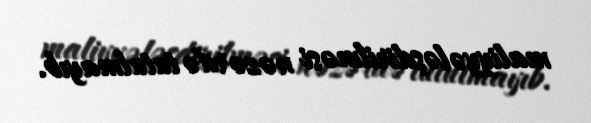
maliyyələşdirilməsi nəzərdə tutulmayıb.